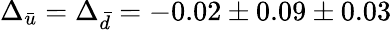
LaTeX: \Delta_{\bar{u}}=\Delta_{\bar{d}}=-0.02\pm 0.09\pm 0.03